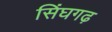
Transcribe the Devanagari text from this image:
सिंघगढ़